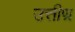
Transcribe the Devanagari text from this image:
उत्तीण्र